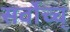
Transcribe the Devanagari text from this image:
सर्वोच्च्